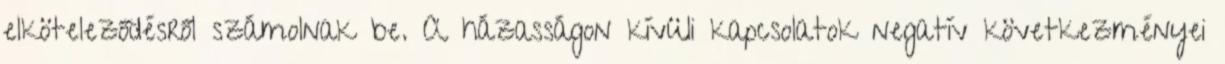
elköteleződésről számolnak be. A házasságon kívüli kapcsolatok negatív következményei